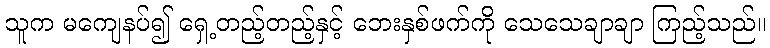
သူက မကျေနပ်၍ ရှေ့တည့်တည့်နှင့် ဘေးနှစ်ဖက်ကို သေသေချာချာ ကြည့်သည်။